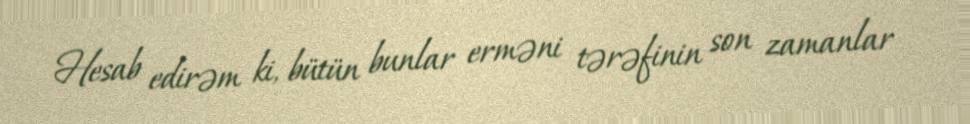
Hesab edirəm ki, bütün bunlar erməni tərəfinin son zamanlar